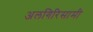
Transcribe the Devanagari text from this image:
अलगिरिसामी